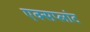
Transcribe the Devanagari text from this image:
एक्सप्लांट